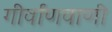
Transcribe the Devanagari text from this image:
गीर्वाणवाणी